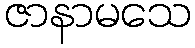
ဇာနာမသေ